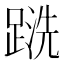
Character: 𲃹